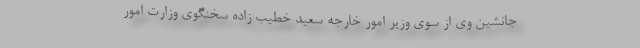
جانشین وی از سوی وزیر امور خارجه سعید خطیب زاده سخنگوی وزارت امور